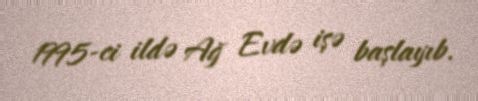
1995-ci ildə Ağ Evdə işə başlayıb.